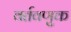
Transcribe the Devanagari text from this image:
वर्तवणुक